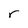
Character: r